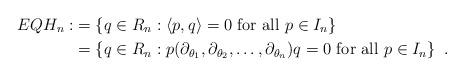
LaTeX: \begin{align*}EQH_n :&= \left\{ q \in R_n : \left< p, q \right> = 0 \hbox{ for all } p \in I_n \right\}\\ &=\left\{ q \in R_n : p(\partial_{\theta_1}, \partial_{\theta_2}, \ldots, \partial_{\theta_n})q= 0 \hbox{ for all } p \in I_n \right\}~.\end{align*}